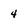
Character: 4